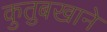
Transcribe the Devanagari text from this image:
कुतुबखाने